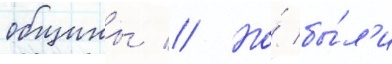
общины // Но́ бы́л'и